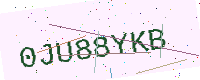
Text: 0JU88YKB